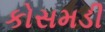
કોસમડી